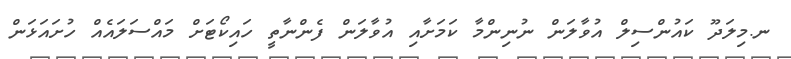
ނ.މިލަދޫ ކައުންސިލް އުވާލަން ނުނިންމާ ކަމަށާއި އުވާލަން ފެންނާތީ ހައިކޯޓަށް މައްސަލައެއް ހުށައަޅަން